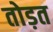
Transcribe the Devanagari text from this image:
तोड़त